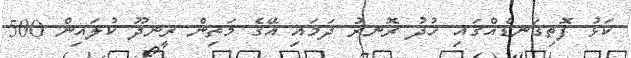
ކަޅު ފޮތިގަނޑެއްގައި ހުދު ރޮނރު ދަމައި އޭގެ މަތިން ރީނދޫ ކުލައިން 500